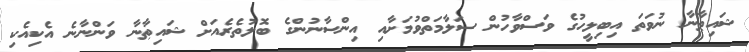
ޝައިޠާނާ ނުވަތަ އިބިލީހުގެ ވަސްވާހުން ސަލާމަތްވުމަށާއި އިންސާނުންގެ ބޮލުތެރެއަށް ޝައިޠާނާ ވަންނާނެ އެކިއެކި